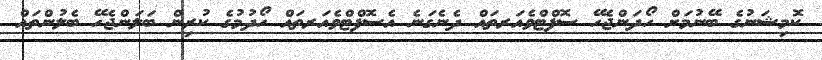
ކޮމިޝަނުގެ ބޭނުމަށް ހޯދަންޖެހޭ ސޮފްޓްވެއަރތައް ދެނެގަނެ އެސޮފްޓްވެއަރތައް ހޯދުމުގެ ކުރިން ބަލަންޖެހޭ ބެލުންތައް